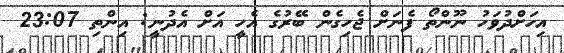
އިހަށްދުވަހު ނޫންތޯ ފެނަށް ޖެހިގެން ބޭރުގެ އެހީ އަށް އެދުނީ: އިންތި 23:07